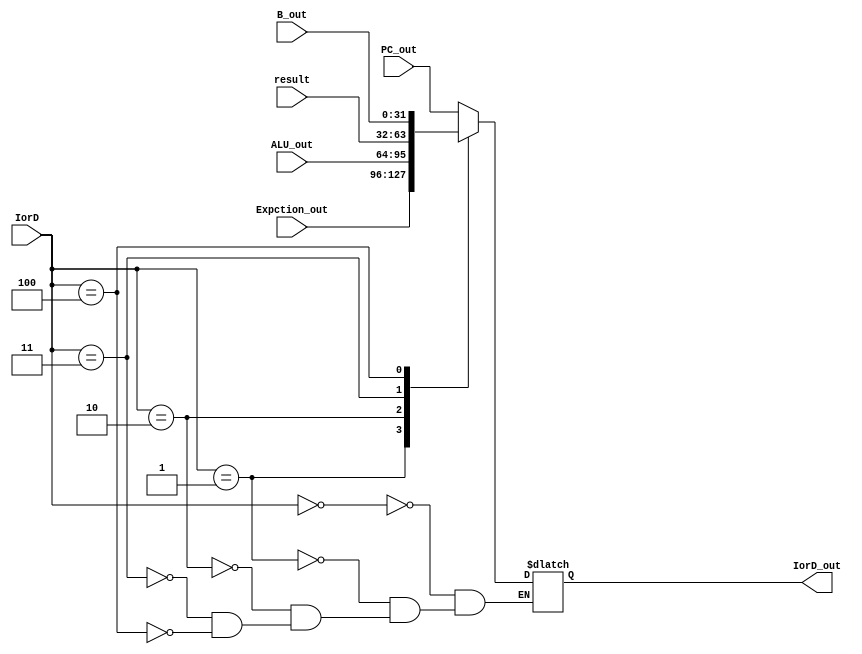
module mux_IorD (
    input wire [2:0] IorD,
    input wire [31:0] PC_out,
    input wire [31:0] Expction_out,
    input wire [31:0] ALU_out,
    input wire [31:0] result,
    input wire [31:0] B_out,
    output reg  [31:0] IorD_out
);
always @(*) begin
        case (IorD)
            3'b000:
                IorD_out <= PC_out;
            3'b001:
                IorD_out <= Expction_out;
            3'b010:
                IorD_out <= ALU_out;
            3'b011:
                IorD_out <= result;
            3'b100:
                IorD_out <= B_out;    
        endcase
end
endmodule